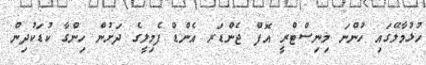
ހުޅުމާލޭގައި ހުންނަ މިނިސްޓްރީ އޮފް ޖެންޑަރ އެންޑް ފެމިލީގެ ދަށުން ހިންގާ ކުޑަކުދިން